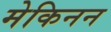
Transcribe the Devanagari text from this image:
मेकिनन